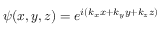
\psi ( x , y , z ) = e ^ { i ( k _ { x } x + k _ { y } y + k _ { z } z ) }